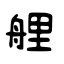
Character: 艃